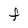
Character: f